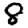
Digit: 8